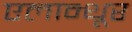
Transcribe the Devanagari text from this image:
एलान्थूर